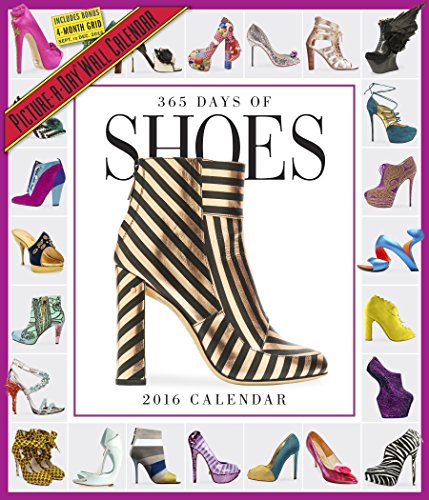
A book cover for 365 Days of Shoes Picture-A-Day Wall Calendar 2016; Workman Publishing; Calendars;